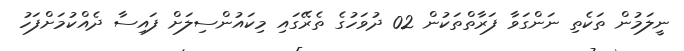
ނީލަމުން ތަކެތި ނަންގަވާ ފަރާތްތަކުން 02 ދުވަހުގެ ތެރޭގައި މިކައުންސިލަށް ފައިސާ ދެއްކުމަށްފަހު